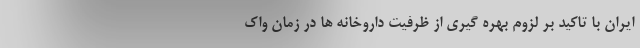
ایران با تاکید بر لزوم بهره گیری از ظرفیت داروخانه ها در زمان واک